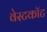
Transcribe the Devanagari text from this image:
वेस्टकॉट